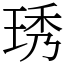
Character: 琇